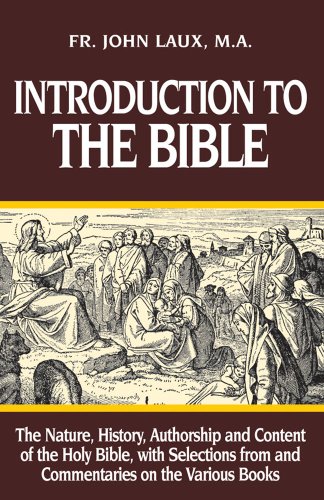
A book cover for Introduction to the Bible; Rev. Fr. John Laux M.A.; Religion & Spirituality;